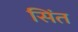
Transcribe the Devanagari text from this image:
सिंत